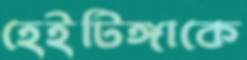
হেইটিঙ্গাকে